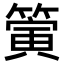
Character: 𥳄